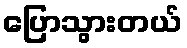
ပြောသွားတယ်